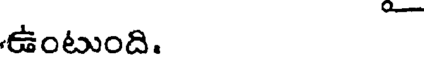
ఉంటుంది.